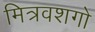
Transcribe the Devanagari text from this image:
मित्रवशगो